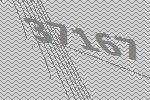
37167